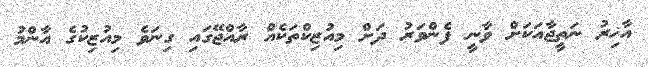
އާޚިރު ނަތީޖާއަކަށް ވާނީ ފެންވަރު ދަށް މިއުޒިކްތަކެއް ރާއްޖޭގައި ގިނަވެ މިއުޒިކުގެ އާންމު